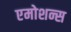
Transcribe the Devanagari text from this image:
एमोशन्स